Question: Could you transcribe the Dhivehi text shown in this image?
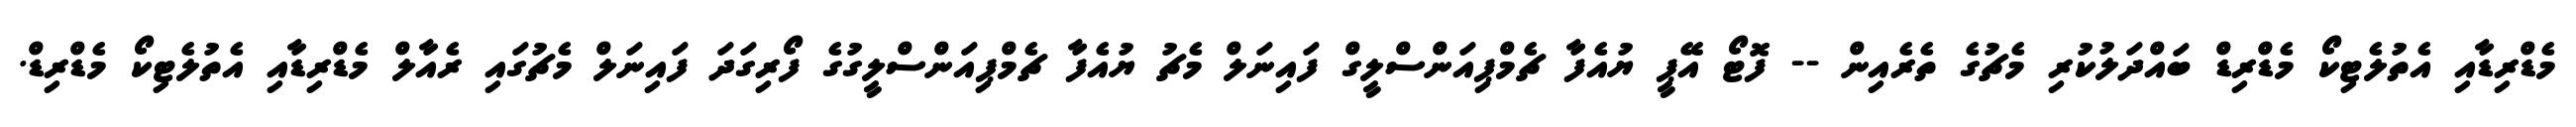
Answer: މެޑްރިޑާއި އެތުލެޓިކޯ މެޑްރިޑް ބައްދަލުކުރި މެޗުގެ ތެރެއިން -- ފޮޓޯ އޭޕީ ޔުއެފާ ޗެމްޕިއަންސްލީގް ފައިނަލް މެޗު ޔުއެފާ ޗެމްޕިއަންސްލީގުގެ ފޯރިގަދަ ފައިނަލް މެޗުގައި ރެއާލް މެޑްރިޑާއި އެތުލެޓިކޯ މެޑްރިޑް.